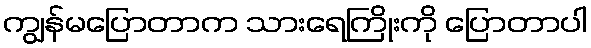
ကျွန်မပြောတာက သားရေကြိုးကို ပြောတာပါ